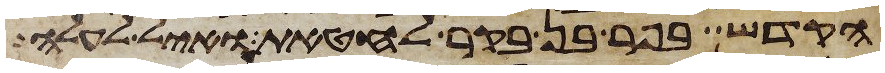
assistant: הקדש בפר בן בקר לחטאת ואיל לעלה